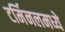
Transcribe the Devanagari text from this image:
टर्मिनलमध्ये